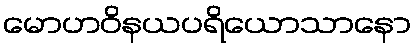
မောဟဝိနယပရိယောသာနော